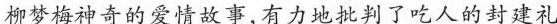
柳梦梅神奇的爱情故事，有力地批判了吃人的封建礼